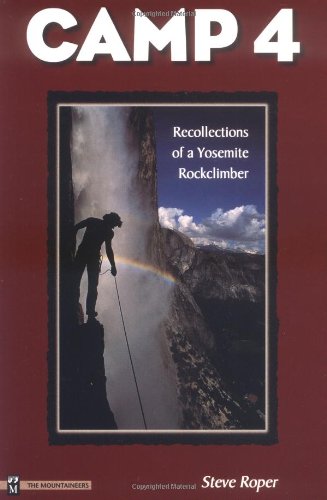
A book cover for Camp 4: Recollections of a Yosemite Rockclimber; Steve Roper; Sports & Outdoors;